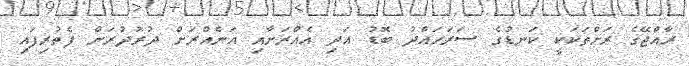
ރާއްޖޭގެ ރަށްތަކަކީ ކަނޑުގެ ސަރަހައްދު ބޮޑު އަދި އެއްރަށާއި އަނެއްރަށް ދުރުދުރަށް ފެތުރިފައި